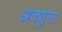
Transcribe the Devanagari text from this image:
अक्युना